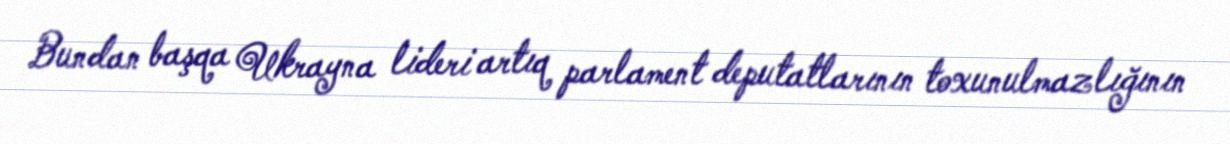
Bundan başqa Ukrayna lideri artıq parlament deputatlarının toxunulmazlığının